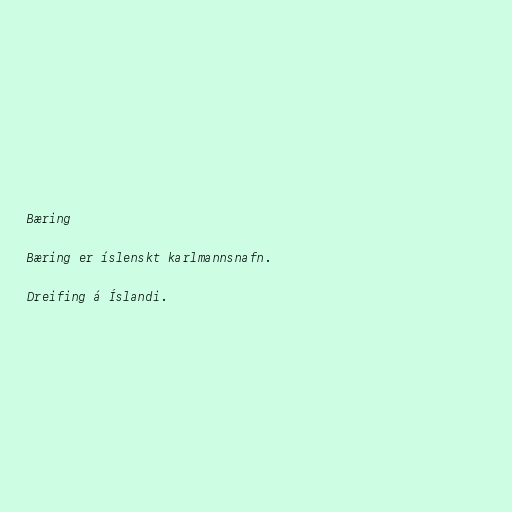
Bæring

Bæring er íslenskt karlmannsnafn.

Dreifing á Íslandi.